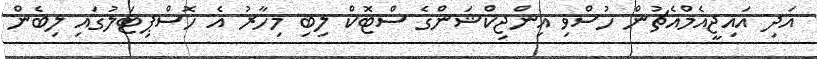
އަދި އައިޖީއެމްއެޗުން ހުސްވި އިންޖިކްޝަންގެ ސްޓޮކް ލިބި މިހާރު އެ ހޮސްޕިޓަލުގައި ލިބެން